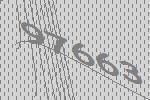
97663